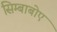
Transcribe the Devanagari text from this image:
सिम्बाबोए